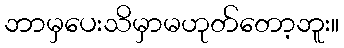
ဘာမှပေးသိမှာမဟုတ်တော့ဘူး။